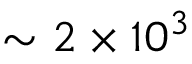
\sim 2 \times 1 0 ^ { 3 }